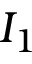
I _ { 1 }